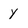
Character: Y